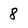
Character: 8